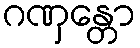
ဂဏှန္တော